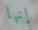
إنها